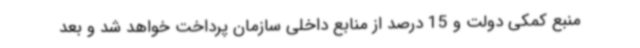
منبع کمکی دولت و 15 درصد از منابع داخلی سازمان پرداخت خواهد شد و بعد